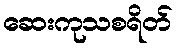
ဆေးကုသစရိတ်